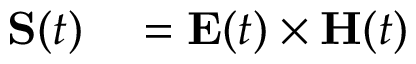
\begin{array} { r l } { \mathbf { S } ( t ) } & { { } = \mathbf { E } ( t ) \times \mathbf { H } ( t ) } \end{array}